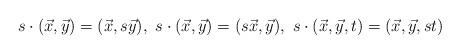
LaTeX: \begin{align*}s \cdot (\vec{x}, \vec{y})=(\vec{x}, s\vec{y}), \ s \cdot (\vec{x}, \vec{y})=(s\vec{x}, \vec{y}), \ s \cdot (\vec{x}, \vec{y}, t)=(\vec{x}, \vec{y}, st)\end{align*}